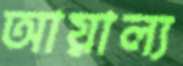
আয়াল্য